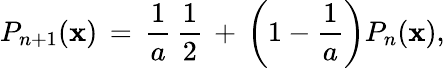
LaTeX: P_{n+1}(\mathbf{x})\, =\, \frac{{1}}{{a}}\, \frac{{1}}{{2}}\, +\, \left(1-\frac{{1}}{{a}}\right)P_{n}(\mathbf{x}),